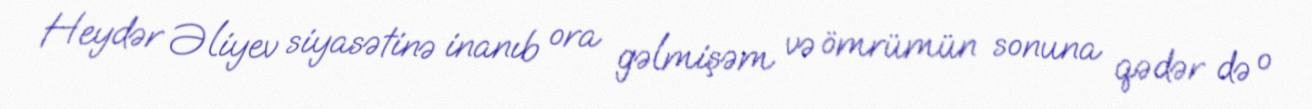
Heydər Əliyev siyasətinə inanıb ora gəlmişəm və ömrümün sonuna qədər də o